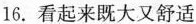
16.看起来既大又舒适